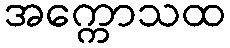
အက္ကောသထ